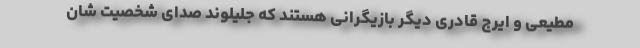
مطیعی و ایرج قادری دیگر بازیگرانی هستند که جلیلوند صدای شخصیت شان